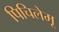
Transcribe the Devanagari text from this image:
पिचिलेमू